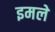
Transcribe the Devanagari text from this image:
इमले